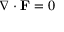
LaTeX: \nabla \cdot \mathbf { F } = 0